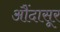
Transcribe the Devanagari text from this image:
औंदासूर